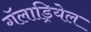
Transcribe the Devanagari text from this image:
गॅलाड्रियेल